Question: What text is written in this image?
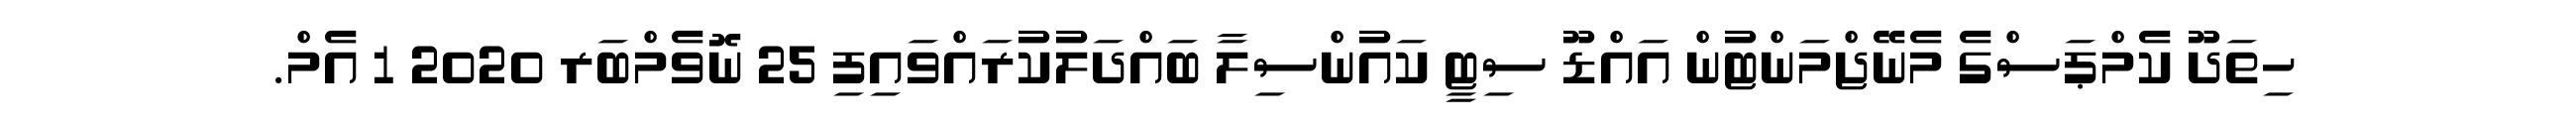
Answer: ހިތަދޫ ކެމްޕަސްގެ މެނޭޖްމަންޓުން އައްޑޫ ސިޓީ ކައުންސިލާ ބައްދަލުކުރައްވައިފި 25 ނޮވެމްބަރ 2020 1 އެމް.